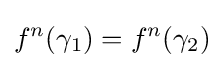
f^{n}(\gamma _{1})=f^{n}(\gamma _{2})